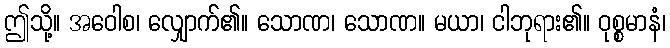
ဤသို့။ အဝေါစ၊ လျှောက်၏။ သောဏ၊ သောဏ။ မယာ၊ ငါဘုရား၏။ ဝုစ္စမာနံ၊